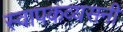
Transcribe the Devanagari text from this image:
स्वापकव्यसनी